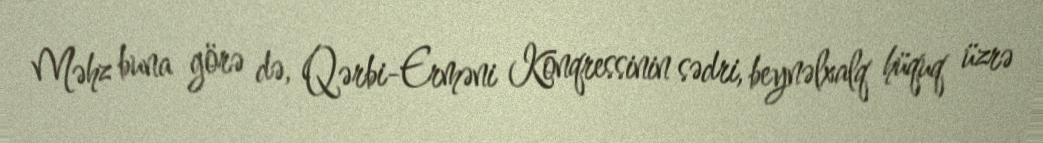
Məhz buna görə də, Qərbi-Erməni Konqressinin sədri, beynəlxalq hüquq üzrə